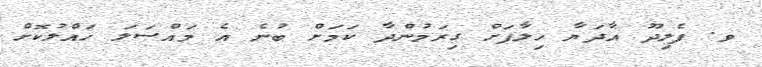
ވ. ފެލިދޫ އާދަޔާ ހިލާފަށް ގިރަމުންދާ ކަމަށް ބުނެ އެ މައްސަލަ ހައްލުކޮށް